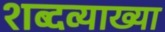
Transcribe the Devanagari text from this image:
शब्दव्याख्या